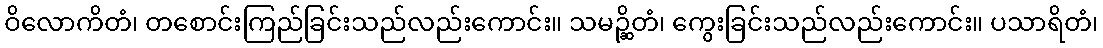
ဝိလောကိတံ၊ တစောင်းကြည်ခြင်းသည်လည်းကောင်း။ သမဉ္ဆိတံ၊ ကွေးခြင်းသည်လည်းကောင်း။ ပသာရိတံ၊